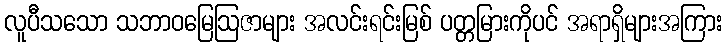
လူပီသသော သဘာဝမြေဩဇာများ အလင်းရင်းမြစ် ပတ္တမြားကိုပင် အရာရှိများအကြား